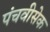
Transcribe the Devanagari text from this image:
पंचवीसेक